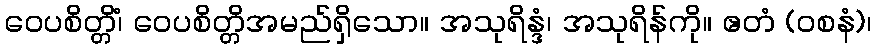
ဝေပစိတ္တိံ၊ ဝေပစိတ္တိအမည်ရှိသော။ အသုရိန္ဒံ၊ အသုရိန်ကို။ ဧတံ (ဝစနံ)၊